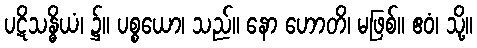
ပဋိသန္ဓိယံ၊ ၌။ ပစ္စယော၊ သည်။ နော ဟောတိ၊ မဖြစ်။ ဧဝံ၊ သို့။